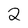
Character: 2